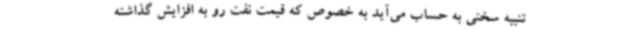
تنبیه سختی به حساب می‌آید به خصوص که قیمت نفت رو به افزایش گذاشته